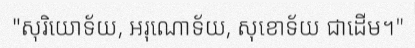
"សុរិយោទ័យ, អរុណោទ័យ, សុខោទ័យ ជាដើម។"